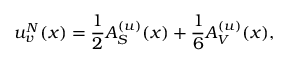
u _ { v } ^ { N } ( x ) = \frac { 1 } { 2 } A _ { S } ^ { ( u ) } ( x ) + \frac { 1 } { 6 } A _ { V } ^ { ( u ) } ( x ) ,